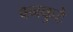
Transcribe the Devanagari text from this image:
वनकुटे